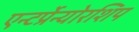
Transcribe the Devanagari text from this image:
एन्टर्प्रेन्योरशिप